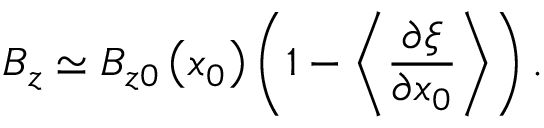
B _ { z } \simeq B _ { z 0 } \left( x _ { 0 } \right) \left( 1 - \left\langle \frac { \partial \xi } { \partial x _ { 0 } } \right\rangle \right) .